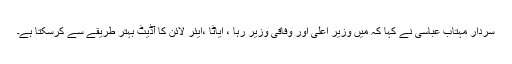
سردار مہتاب عباسی نے کہا کہ میں وزیر اعلی اور وفاقی وزیر رہا ، ایاٹا ،ایئر لائن کا آڈیٹ بہتر طریقے سے کرسکتا ہے۔